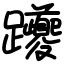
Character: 躨